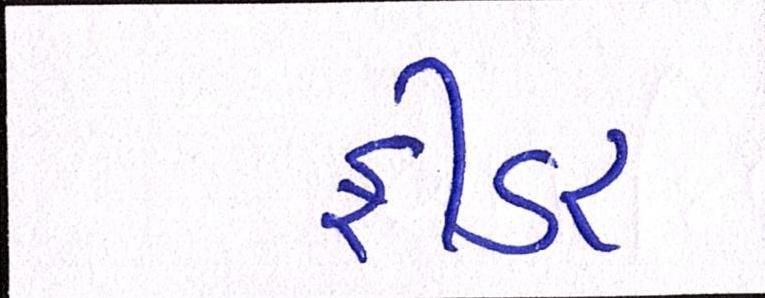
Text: ફીડર